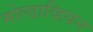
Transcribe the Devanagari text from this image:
मोल्डाव्हियन